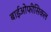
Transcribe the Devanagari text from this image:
बाईओफीसिकल